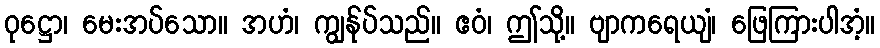
ဝုဋ္ဌော၊ မေးအပ်သော။ အဟံ၊ ကျွန်ုပ်သည်။ ဧဝံ၊ ဤသို့။ ဗျာကရေယျံ၊ ဖြေကြားပါအံ့။